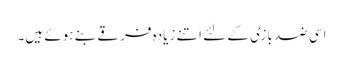
اسی ضد بازی کے لئے اتنے زیادہ فرقے بنے ہوئے ہیں۔